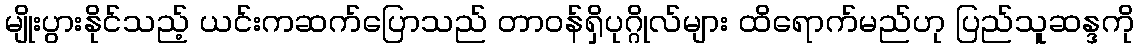
မျိုးပွားနိုင်သည့် ယင်းကဆက်ပြောသည် တာ၀န်ရှိပုဂ္ဂိုလ်များ ထိရောက်မည်ဟု ပြည်သူဆန္ဒကို